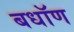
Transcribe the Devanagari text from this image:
बधॉण